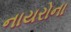
નાયરોના